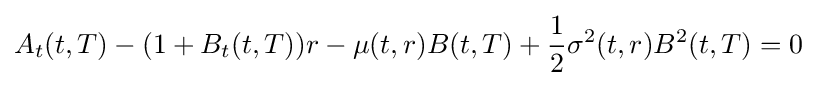
A_{t}(t,T)-(1+B_{t}(t,T))r-\mu (t,r)B(t,T)+{\frac {1}{2}}\sigma ^{2}(t,r)B^{2}(t,T)=0